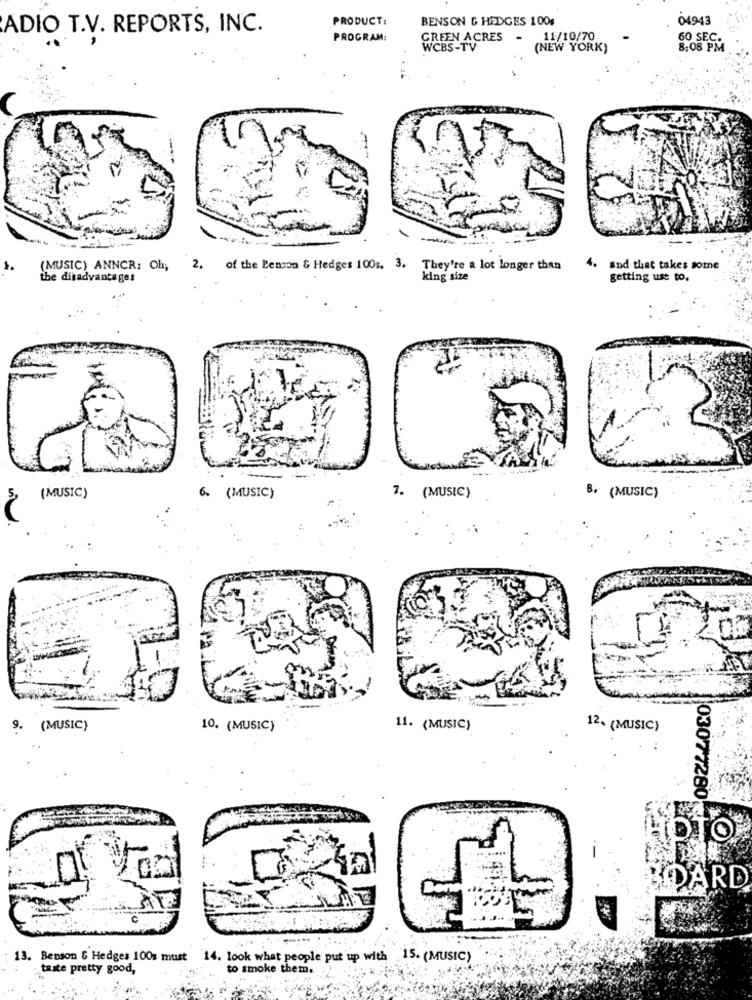
PRODUCT:
BENSON & HEDGES 100s
04943
ADIO T.V. REPORTS, INC.
PROGRAM:
GREEN ACRES -
11/10/70
60 SEC.
WCBS-TV
(NEW YORK)
8:08 PM
(MUSIC) ANNCR: Oh;
2. of the Benson & Hedges 100s. 3. They're a lot longer than
. and that takes some
the disadvantages
king size
getting use to.
6. (MUSIC)
(MUSIC)
7. (MUSIC)
B+ (MUSIC)
9. (MUSIC)
10. (MUSIC)
11. (MUSIC)
12. (MUSIC)
03077280
IOTO
DARD
13. Benson & Hedges 100z must 14. look what people put up with 15. (MUSIC)
taste pretty good,
to smoke them.